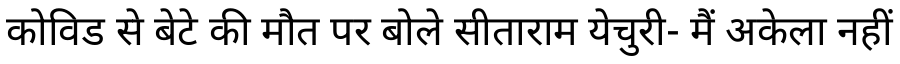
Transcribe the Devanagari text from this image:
कोविड से बेटे की मौत पर बोले सीताराम येचुरी- मैं अकेला नहीं